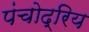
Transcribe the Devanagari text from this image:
पंचोद्रिय